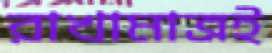
রাখামাত্রই